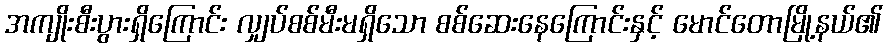
အကျိုးစီးပွားရှိကြောင်း လျှပ်စစ်မီးမရှိသော စစ်ဆေးနေကြောင်းနှင့် မောင်တောမြို့နယ်၏